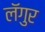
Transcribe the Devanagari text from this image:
लॅगुर